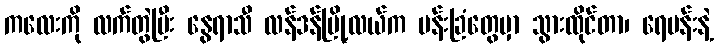
ကလေးကို လက်တွဲပြီး နွေရာသီ လန်ဒန်မြို့လယ်က ပန်းခြံတွေမှာ သွားထိုင်တာ၊ ရေပန်းနဲ့